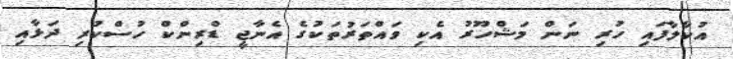
އުކާލާފައި ހުރި ނަން މަޝްހޫރު އެކި ވައްތަރުތަކުގެ އެނާޖީ ޑްރިންކް ހުސްކުރި ދަޅާއި